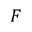
F